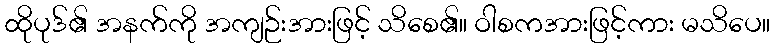
ထိုပုဒ်၏ အနက်ကို အကျဉ်းအားဖြင့် သိစေ၏။ ဝါစကအားဖြင့်ကား မသိပေ။